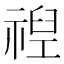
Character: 𮂈